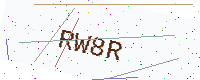
Text: RW8R